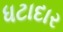
ધટાદાર